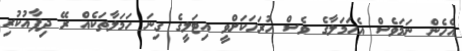
އެހެން ނަމަވެސް އެހަމަލާގެ ވެސް ހުރަހަކަށްވީ އިޓަލީގެ ގިނަ ހަމަލާތަކެއް ރޭ ދިފާއުކުރި